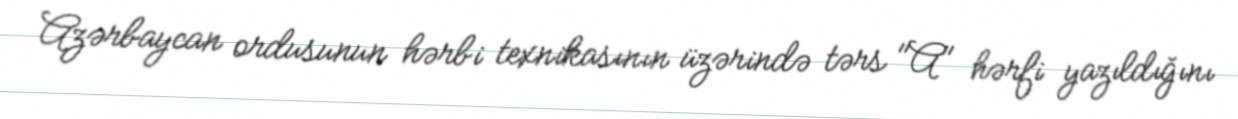
Azərbaycan ordusunun hərbi texnikasının üzərində tərs "A" hərfi yazıldığını